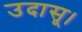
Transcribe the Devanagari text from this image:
उदासू।